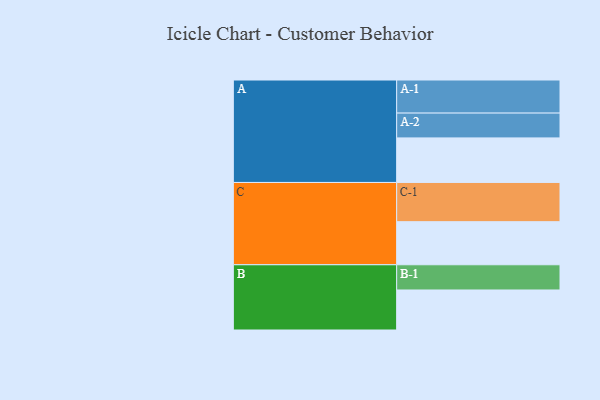
{"axis": {"x": "Segment", "y": "Value"}, "legend": ["", "A", "B", "C"], "data": [{"x": "A", "y": 334, "type": ""}, {"x": "B", "y": 300, "type": ""}, {"x": "C", "y": 323, "type": ""}, {"x": "A-1", "y": 248, "type": "A"}, {"x": "A-2", "y": 186, "type": "A"}, {"x": "B-1", "y": 189, "type": "B"}, {"x": "C-1", "y": 294, "type": "C"}]}